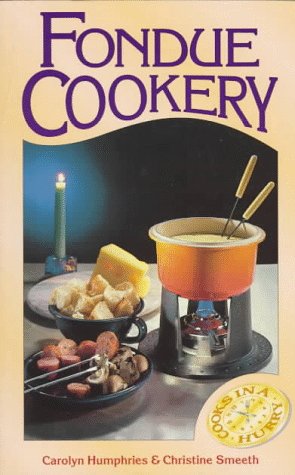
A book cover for Fondue Cookery (Cooks in a Hurry); Carolyn Humphreys; Cookbooks, Food & Wine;